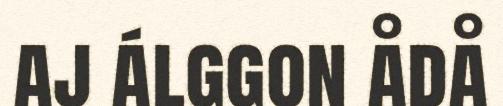
aj álggon ådå